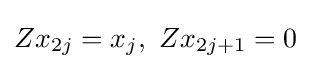
{Zx}_{2j}=x_{j},\ {Zx}_{2j+1}=0